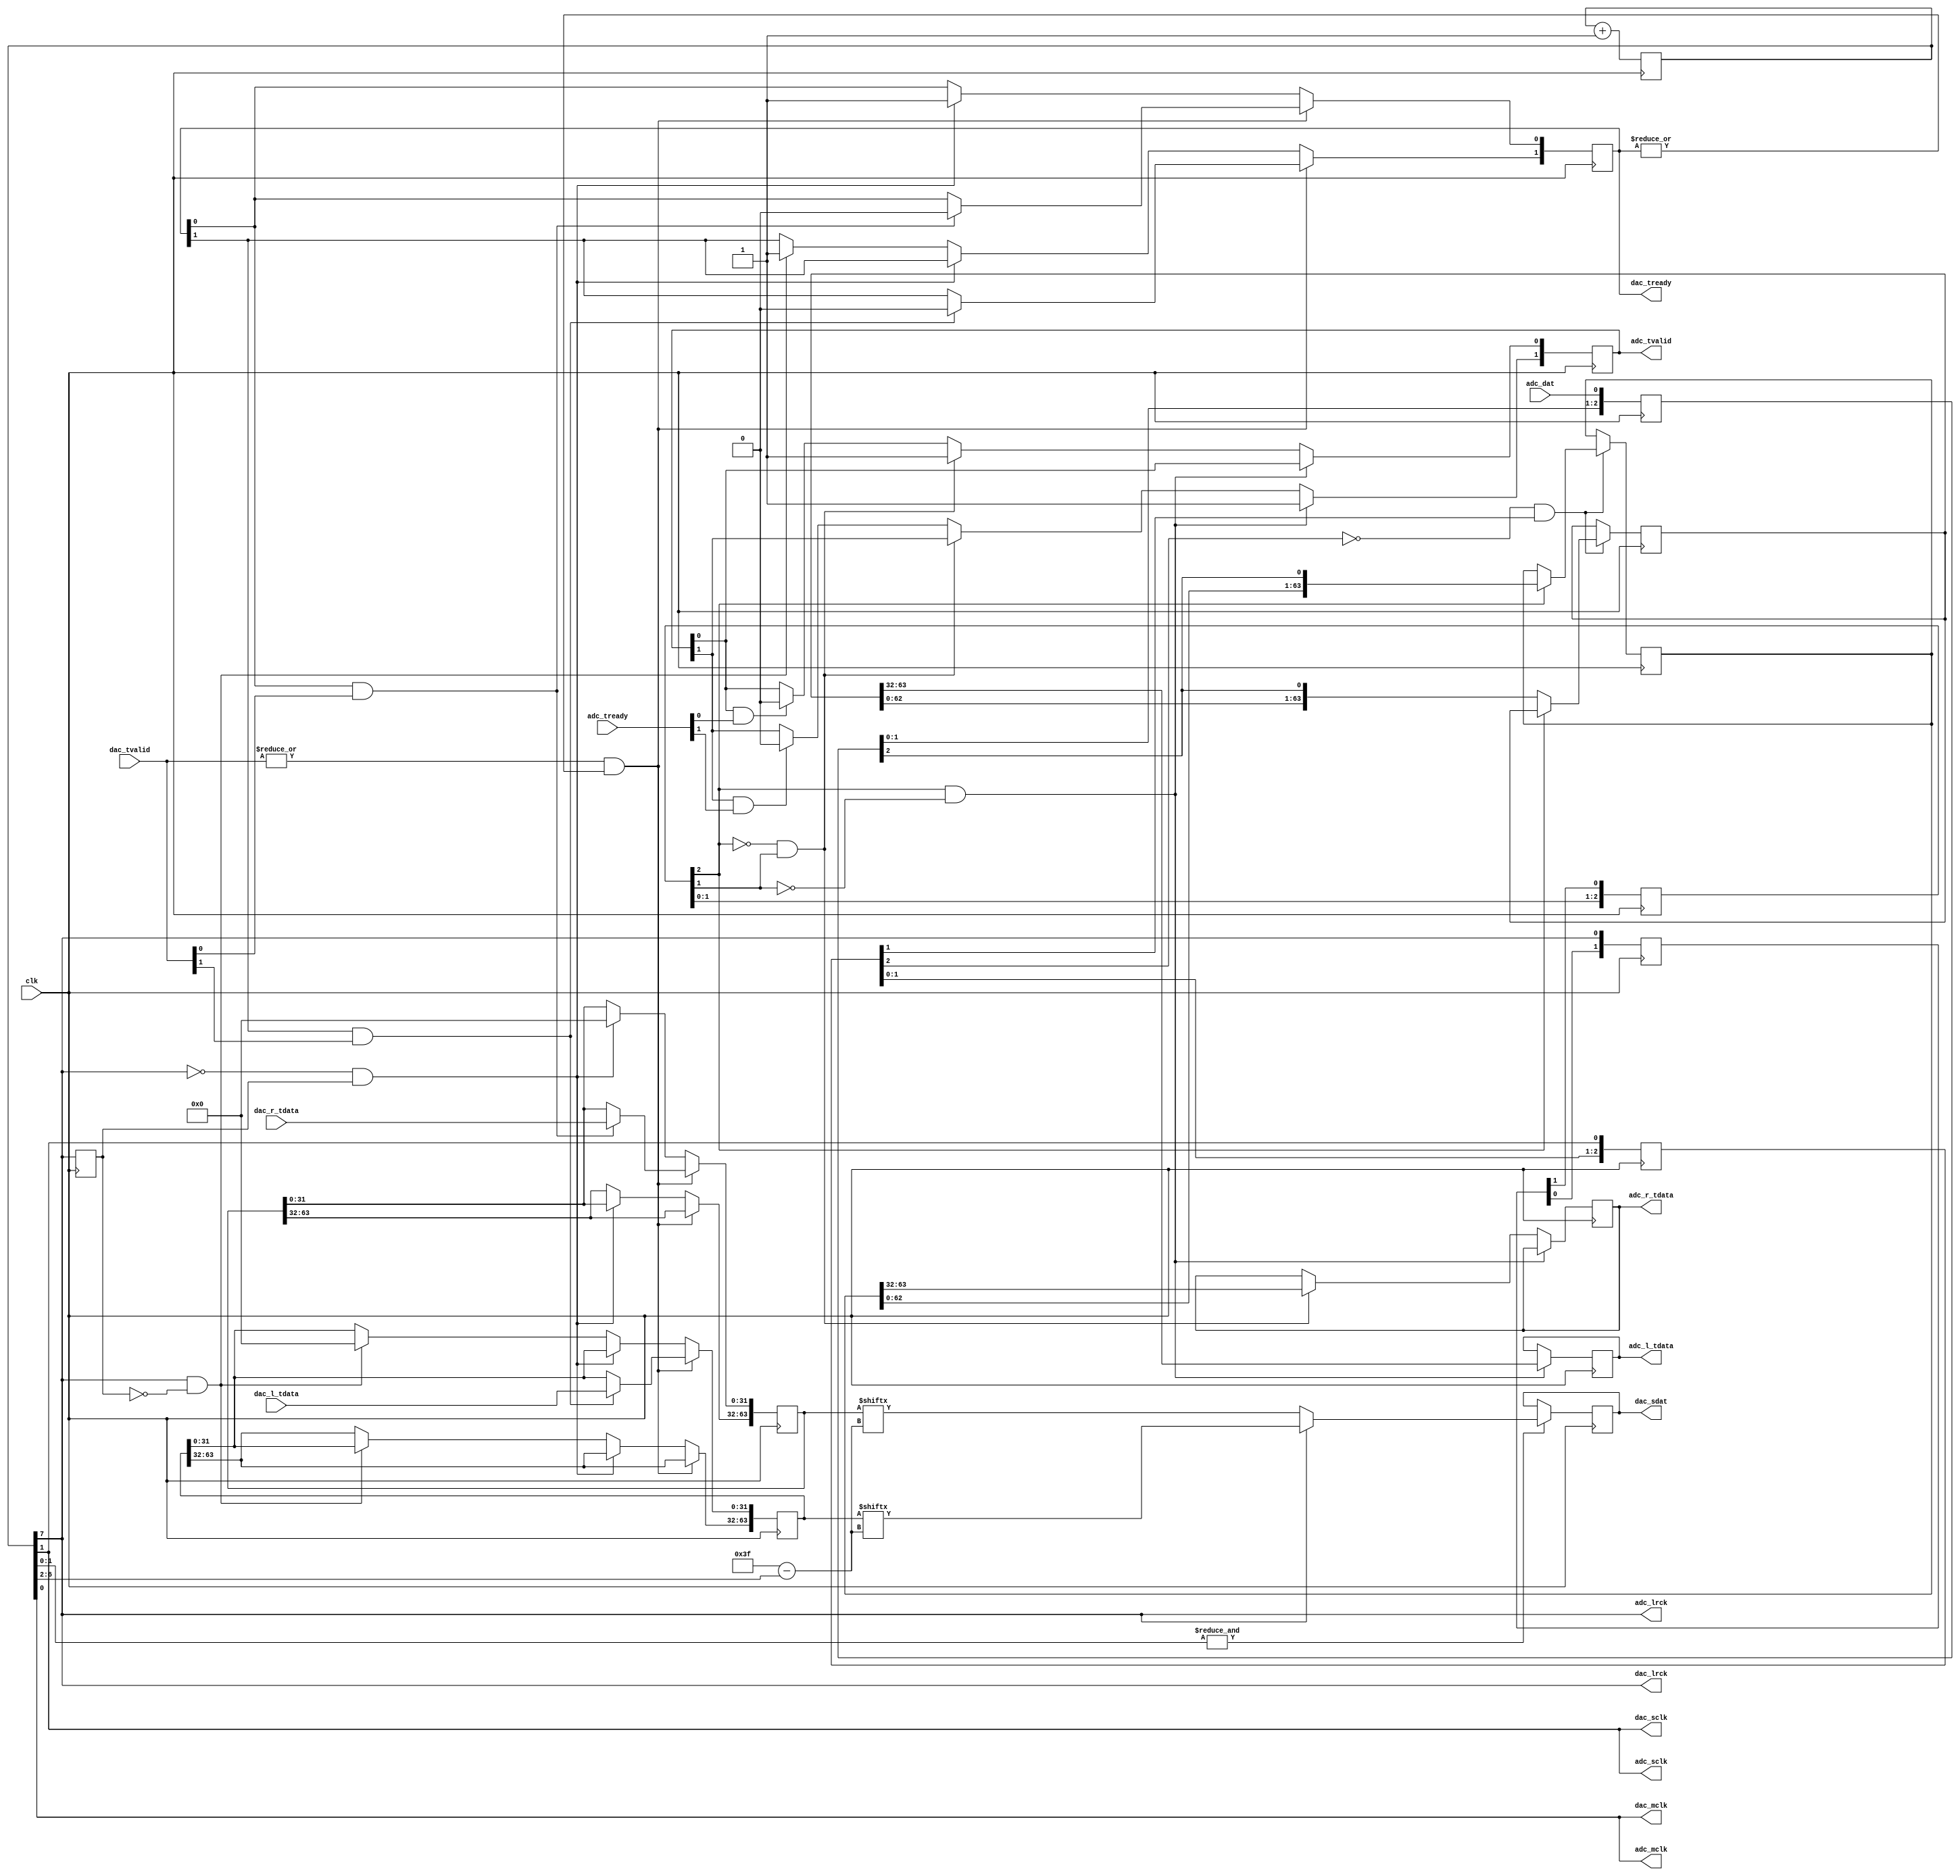
`default_nettype none

/* 
*
*   The default is 25mhz as input clk
*   we are going to target mclk= 12.28mhz, lrck=96khz, ie x128 in the 
*   chart https://reference.digilentinc.com/reference/pmod/pmodi2s2/reference-manual
*    for that mclk=clk_in/2; lrck=clk_in/256 and sclk=clk_in/4
*   (I would think that you could modify the parameters to get the i2s pmod 
*   work in other configuration, but I havent test it)
*   The i2s protocol present the data in the data in the falling edge of sclk.
*   The data is in 2 complement and the msb is presented first.
*   The change of the lrck occurs in the lsb of the previous word. 
*   Is recommended to use a oddr at the output clocks (Some people argue 
*   that driving the clock without oddr gives you a bad routing in the clock
*   tree).
*/

module i2s_pmod #(
    parameter CLK_FREQ = 25_000_000,
    parameter MCLK_DEC = 1,         //2**MCLK_DEC decimation factor of mclk
    parameter LRCK_DEC = 8,         //2**LRCK_DEC decimation factor of lrck
    parameter SCLK_DEC = 2          //2**SCLK_DEC decimation factor of sclk
) (
    input wire clk,
    
    //adc fpga interfaces
    //valid 0:right, 1:left
    output wire [31:0] adc_r_tdata,
    output wire [31:0] adc_l_tdata,
    output wire [1:0]  adc_tvalid,
    input  wire [1:0]  adc_tready,

    //dac fpga interfaces
    //valid 0:rigth, 1:left
    input  wire [31:0] dac_r_tdata,
    input  wire [31:0] dac_l_tdata,
    input  wire [1:0]  dac_tvalid,
    output wire [1:0]  dac_tready,

    //physical interfaces
    output wire dac_mclk,
    output wire dac_lrck,
    output wire dac_sclk,
    output wire dac_sdat,

    output wire adc_mclk,
    output wire adc_lrck,
    output wire adc_sclk,
    input  wire adc_dat 
);

reg [LRCK_DEC:0] counter=0; //counter has one more bit to count
                            //l and r with the same counter;
always@(posedge clk)begin
    counter <= counter+1;
end

//clock assignations
assign dac_mclk = counter[MCLK_DEC-1];
assign dac_lrck = counter[LRCK_DEC-1];
assign dac_sclk = counter[SCLK_DEC-1];

assign adc_mclk = counter[MCLK_DEC-1];
assign adc_lrck = counter[LRCK_DEC-1];
assign adc_sclk = counter[SCLK_DEC-1];

//delay in the lrck to detect the edges
reg lrck_dly=1'b0;
always@(posedge clk)begin
    lrck_dly <= adc_lrck;
end


//dac axi stream handshakes
reg [1:0] dac_tready_r = 2'b11;
assign dac_tready = dac_tready_r;
reg [63:0] dac_r_shift=0, dac_l_shift=0;

always@(posedge clk)begin
    if(|dac_tvalid && |dac_tready_r)begin
        if(dac_tready_r[0] && dac_tvalid[0])begin
            dac_r_shift[31:0] <= dac_r_tdata;
            dac_tready_r[0] <= 1'b0;
        end
        if(dac_tready_r[1] && dac_tvalid[1])begin
            dac_l_shift[31:0] <= dac_l_tdata;
            dac_tready_r[1] <= 1'b0;
        end
    end
    else if(~adc_lrck && lrck_dly)begin
        //falling edge, ie end of rigth channel frame
        dac_tready_r[0] <= 1'b1;
        dac_r_shift <= {dac_r_shift[31:0], 32'b0};
    end    
    else if(adc_lrck && ~lrck_dly)begin
        //rising edge, ie end of left channel frame
        dac_tready_r[1]<= 1'b1;
        dac_l_shift <= {dac_l_shift[31:0], 32'b0};
    end
    else begin
        dac_tready_r <= dac_tready;
        dac_l_shift <= dac_l_shift;
        dac_r_shift <= dac_r_shift;
    end
end

//shift the data out
//we have to update the data in the falling edge of the sclk so
//thats when &counter[SCLK_DEC-1:0], also the index of the data 
//would be given by counter[SCLK_DEC+:5] 
reg dac_out=0;
assign dac_sdat = dac_out;
wire [5:0] index;
assign index = 63-counter[SCLK_DEC+:5];
wire sdat_update;
assign sdat_update= &counter[SCLK_DEC-1:0];

always@(posedge clk)begin
    if(sdat_update)begin
        if(dac_lrck)
            dac_out <= dac_l_shift[index];
        else
            dac_out <= dac_r_shift[index];
    end
    else
        dac_out <= dac_out;
end

//the dac part seems to be working as expected

//adc part
//synchronizer
//first we need to delay one sclk cycle lrck(to match the lsb)
reg [SCLK_DEC-1:0] lrck_dly_2=0;
always@(posedge clk)begin
    lrck_dly_2 <= {lrck_dly_2[SCLK_DEC-2:0], adc_lrck};
end



reg [2:0] sync_adc_dat = 3'b0, adc_sclk_dly = 3'b0, adc_lrck_dly=3'b0;
always@(posedge clk)begin
    sync_adc_dat <= {sync_adc_dat[1:0], adc_dat};
    adc_sclk_dly <= {adc_sclk_dly[1:0], adc_sclk};
    adc_lrck_dly <= {adc_lrck_dly[1:0], lrck_dly_2[SCLK_DEC-1]};
end

//in this case we have to sample in the rising edge of the sclk
//because in that part the data is stable

reg [63:0] adc_l_shift=0, adc_r_shift=0;
always@(posedge clk)begin
    if(~adc_sclk_dly[2]&&adc_sclk_dly[1])begin
        if(adc_lrck_dly[2])
            adc_r_shift <= {adc_r_shift[62:0], sync_adc_dat[2]};
        else
            adc_l_shift <= {adc_l_shift[62:0], sync_adc_dat[2]};
    end
    else begin
        adc_r_shift <= adc_r_shift;
        adc_l_shift <= adc_l_shift;
    end
end

//axi handshake
//the data is valid when we are sapmling the msb of the next frame
reg [1:0] adc_tvalid_r = 2'b0;
assign adc_tvalid = adc_tvalid_r;
reg [31:0] adc_r_tdata_r=0, adc_l_tdata_r=0;
assign adc_r_tdata = adc_r_tdata_r;
assign adc_l_tdata = adc_l_tdata_r;

always@(posedge clk)begin
    if(adc_lrck_dly[2]&& ~adc_lrck_dly[1])begin
        //rising edge, the left channel is ready
        adc_l_tdata_r <= adc_l_shift[63:32];
        adc_tvalid_r[1] <= 1'b1;
    end
    else if(~adc_lrck_dly[2] && adc_lrck_dly[1])begin
        //falling edge, the right channel is ready
        adc_r_tdata_r <= adc_r_shift[63:32];
        adc_tvalid_r[0] <= 1'b1;
    end
    else begin
        adc_r_tdata_r <= adc_r_tdata_r;
        adc_l_tdata_r <= adc_l_tdata_r;
        if(adc_tvalid[0]&&adc_tready[0])
            adc_tvalid_r[0] <= 1'b0;
        if(adc_tvalid[1]&&adc_tready[1])
            adc_tvalid_r[1] <= 1'b0;
    end
end





endmodule